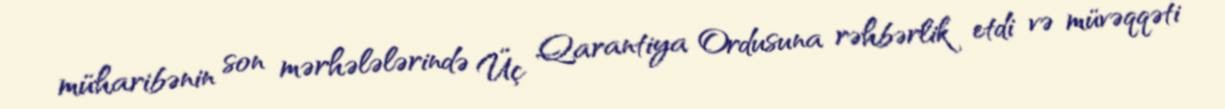
müharibənin son mərhələlərində Üç Qarantiya Ordusuna rəhbərlik etdi və müvəqqəti